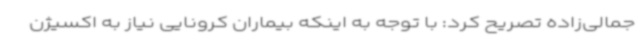
جمالی‌زاده تصریح کرد: با توجه به اینکه بیماران کرونایی نیاز به اکسیژن